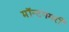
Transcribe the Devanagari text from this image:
मॉन्टगमरी